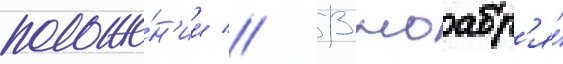
положе́н'ии // 13 ноабр'я́